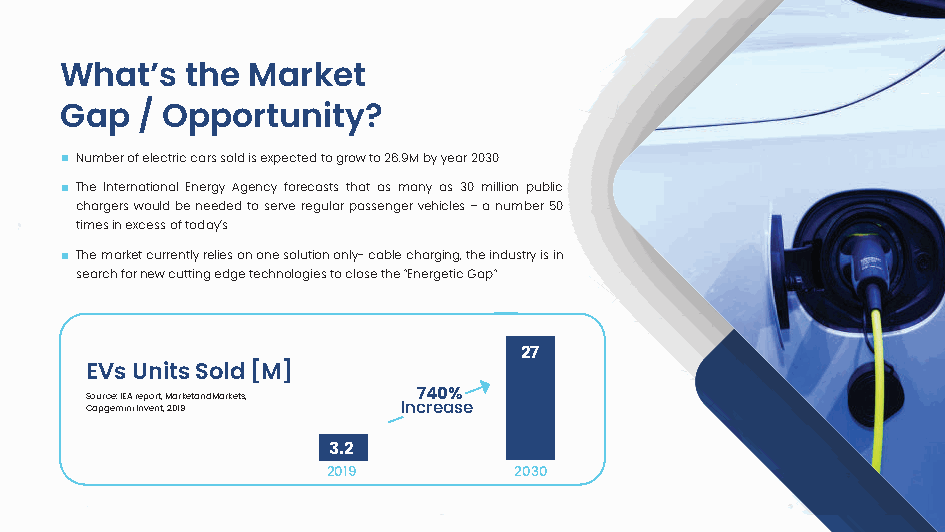
What’s  the Market
 Gap  / Opportunity?
 Number of electric cars sold is expected to grow to 26.9M by year 2030
 The International Energy Agency forecasts that as many as 30 million public
 chargers would be needed to serve regular passenger vehicles – a number 50
 times in excess of today’s
 The market currently relies on one solution only- cable charging, the industry is in
 search for new cutting edge technologies to close the “Energetic Gap”
 27
 EVs Units Sold [M]
 Source: IEA report, MarketandMarkets, 740%
 Capgemini Invent, 2019 Increase
 3.2
 2019        2030